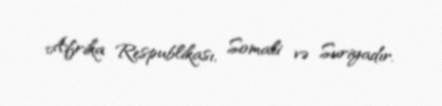
Afrika Respublikası, Somali və Suriyadır.